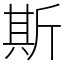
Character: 斯